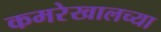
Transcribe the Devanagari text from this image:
कमरेखालच्या